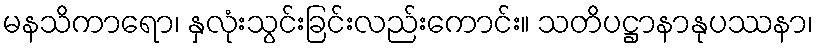
မနသိကာရော၊ နှလုံးသွင်းခြင်းလည်းကောင်း။ သတိပဋ္ဌာနာနုပဿနာ၊